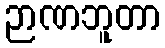
ဉာဏဘူတာ